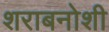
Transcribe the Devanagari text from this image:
शराबनोशी